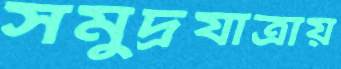
সমুদ্রযাত্রায়